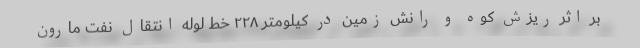
بر اثر ریزش کوه و رانش زمین در کیلومتر ۲۲۸ خط لوله انتقال نفت مارون